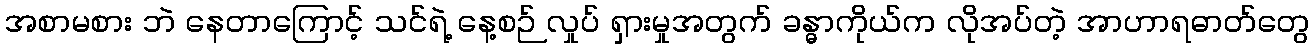
အစာမစား ဘဲ နေတာကြောင့် သင်ရဲ့ နေ့စဉ် လှုပ် ရှားမှုအတွက် ခန္ဓာကိုယ်က လိုအပ်တဲ့ အာဟာရဓာတ်တွေ